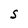
Character: S